画像に写った文字を読んでください
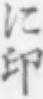
「に印」と書いてあります